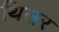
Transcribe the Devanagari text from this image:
थिलर